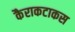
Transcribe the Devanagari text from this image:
कैराकटाकस